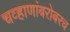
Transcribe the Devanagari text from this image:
चव्हाणांबरोबरच